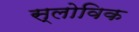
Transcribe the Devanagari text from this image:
स्लोविक